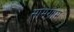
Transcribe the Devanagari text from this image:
सामग्राम